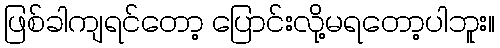
ဖြစ်ခါကျရင်တော့ ပြောင်းလို့မရတော့ပါဘူး။